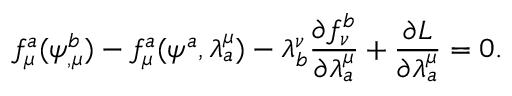
f _ { \mu } ^ { a } ( \psi _ { , \mu } ^ { b } ) - f _ { \mu } ^ { a } ( \psi ^ { a } , \lambda _ { a } ^ { \mu } ) - \lambda _ { b } ^ { \nu } \frac { \partial f _ { \nu } ^ { b } } { \partial \lambda _ { a } ^ { \mu } } + \frac { \partial L } { \partial \lambda _ { a } ^ { \mu } } = 0 .